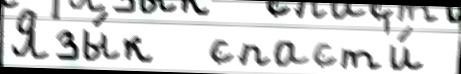
Язы́к  спаст'и́